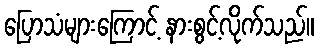
ပြောသံများကြောင့် နားစွင့်လိုက်သည်။